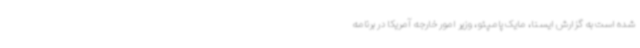
شده است به گزارش ایسنا، مایک پامپئو، وزیر امور خارجه آمریکا در برنامه